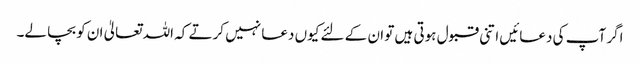
اگر آپ کی دعائیں اتنی قبول ہوتی ہیں تو ان کے لئے کیوں دعا نہیں کرتے کہ اللہ تعالیٰ ان کو بچا لے۔